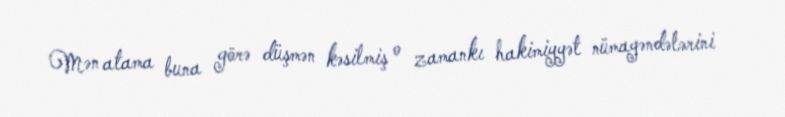
Mən atama buna görə düşmən kəsilmiş o zamankı hakimiyyət nümayəndələrini